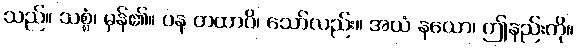
သည်။ သစ္စံ၊ မှန်၏။ ပန တထာပိ၊ သော်လည်း။ အယံ နယော၊ ဤနည်းကို။